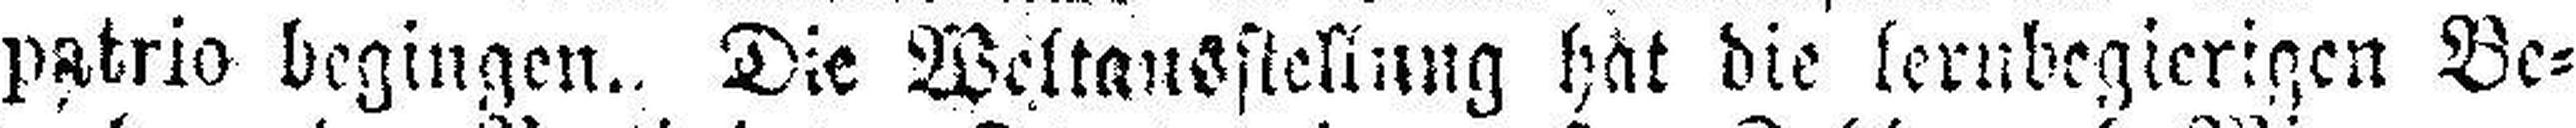
patrio begingen. Die Weltausstellung hat die lernbegierigen Be¬